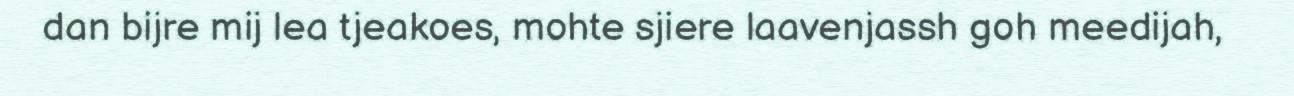
dan bijre mij lea tjeakoes, mohte sjiere laavenjassh goh meedijah,